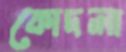
কোদলা